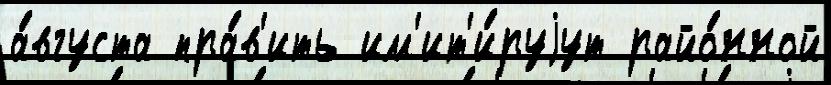
а́вгуста пра́в'ить им'ит'и́руjут райо́нной